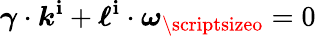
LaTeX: \boldsymbol{\gamma}\cdot\boldsymbol{k}^{\mathbf{i}}+\boldsymbol{\ell}^{\mathbf{i}}\cdot\boldsymbol{\omega}_{\textnormal{\scriptsizeo}}=0